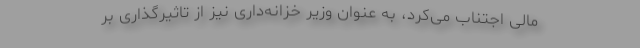
مالی اجتناب می‌کرد، به عنوان وزیر خزانه‌داری نیز از تاثیرگذاری بر